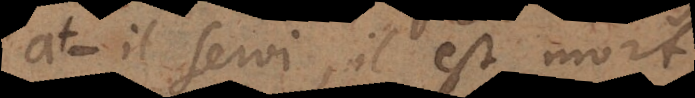
a‐t‐il servi, il est mort,